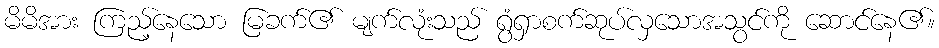
မိမိအား ကြည့်နေသော မြခက်၏ မျက်လုံးသည် ရွံရှာစက်ဆုပ်လှသောအသွင်ကို ဆောင်နေ၏။